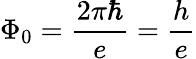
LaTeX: \Phi_{0}=\frac{2\pi\hbar}{e}=\frac{h}{e}